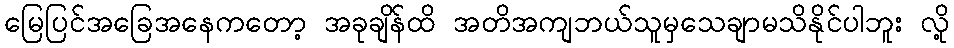
မြေပြင်အခြေအနေကတော့ အခုချိန်ထိ အတိအကျဘယ်သူမှသေချာမသိနိုင်ပါဘူး လို့